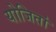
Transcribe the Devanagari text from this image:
योजितां